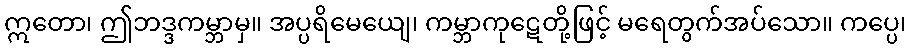
ဣတော၊ ဤဘဒ္ဒကမ္ဘာမှ။ အပ္ပရိမေယျေ၊ ကမ္ဘာကုဋေတို့ဖြင့် မရေတွက်အပ်သော။ ကပ္ပေ၊